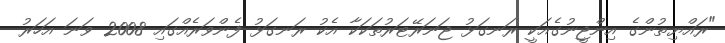
"ރައްޔިތުންގެ އިންޖީނުގެއަކީ ރަނގަޅު ޖަނަރޭޓަރުތަކަކާ އެކު ރަނގަޅު ފެންވަރެއްގައި 2008 ވަނަ އަހަރު